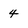
Character: 4